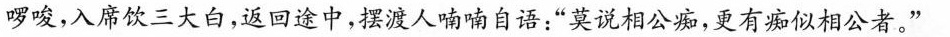
啰唆，入席饮三大白，返回途中，摆渡人喃喃自语：”莫说相公痴，更有痴似相公者。”